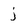
Character: j